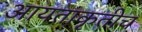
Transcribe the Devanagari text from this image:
आयताकृतीच